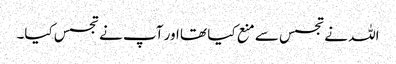
اللہ نے تجسس سے منع کیا تھا اور آپ نے تجسس کیا۔